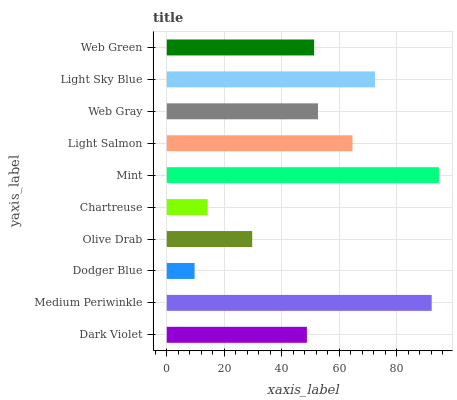
| yaxis_label | bars |
 | --- | --- |
 | Dark Violet | 48.7 |
 | Medium Periwinkle | 92.1 |
 | Dodger Blue | 9.67 |
 | Olive Drab | 29.7 |
 | Chartreuse | 14.2 |
 | Mint | 94.6 |
 | Light Salmon | 64.6 |
 | Web Gray | 52.6 |
 | Light Sky Blue | 72.4 |
 | Web Green | 51.2 |